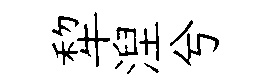
犂湼兮